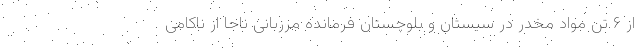
از ۶ تن مواد مخدر در سیستان و بلوچستان فرمانده مرزبانی ناجا از ناکامی